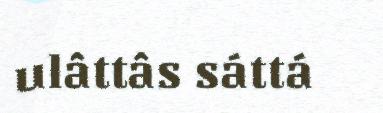
ulâttâs sáttá